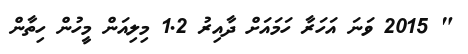
" 2015 ވަނަ އަހަރާ ހަމައަށް ދާއިރު 1.2 މިލިއަން މީހުން ހިތާން